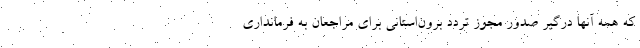
که همه آنها درگیر صدور مجوز تردد برون‌استانی برای مراجعان به فرمانداری